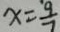
x = \frac { 9 } { 7 }